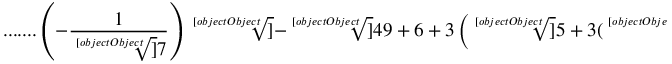
{ \mathrm { . . . . . . . } } \left( - { \frac { 1 } { \sqrt [ [object Object] ] { 7 } } } \right) { \sqrt [ [object Object] ] { - { \sqrt [ [object Object] ] { 4 9 } } + 6 + 3 \left( { \sqrt [ [object Object] ] { 5 + 3 ( { \sqrt [ [object Object] ] { 7 } } - { \sqrt [ [object Object] ] { 4 9 } } ) } } + { \sqrt [ [object Object] ] { - 3 + 3 ( { \sqrt [ [object Object] ] { 7 } } - { \sqrt [ [object Object] ] { 4 9 } } ) } } \right) } }